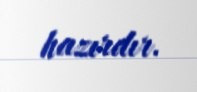
hazırdır.